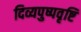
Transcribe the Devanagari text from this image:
दिव्यपुष्पवृष्टि